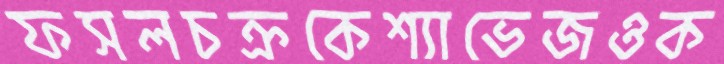
ফসলচক্রকেশ্যাভেজওক